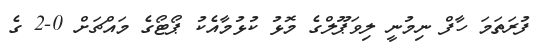
ފުރަތަމަ ހާފް ނިމުނީ ލިވަޕޫލްގެ މޮޅު ކުޅުމާއެކު ޕޯޓޯގެ މައްޗަށް 0-2 ގެ